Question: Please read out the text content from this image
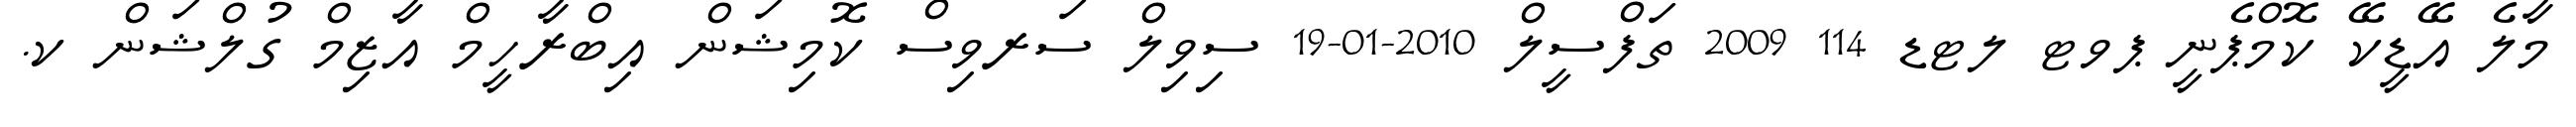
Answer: މާލެ އޭޑީކޭ ކޮމްޕެނީ ޕވޓ ލޓޑ 114 2009 ތަފްސީލް 2010-01-19 ސިވިލް ސަރވިސް ކޮމިޝަން އިބްރާހީމް އާޒިމް ގުލްޝަން ކ.